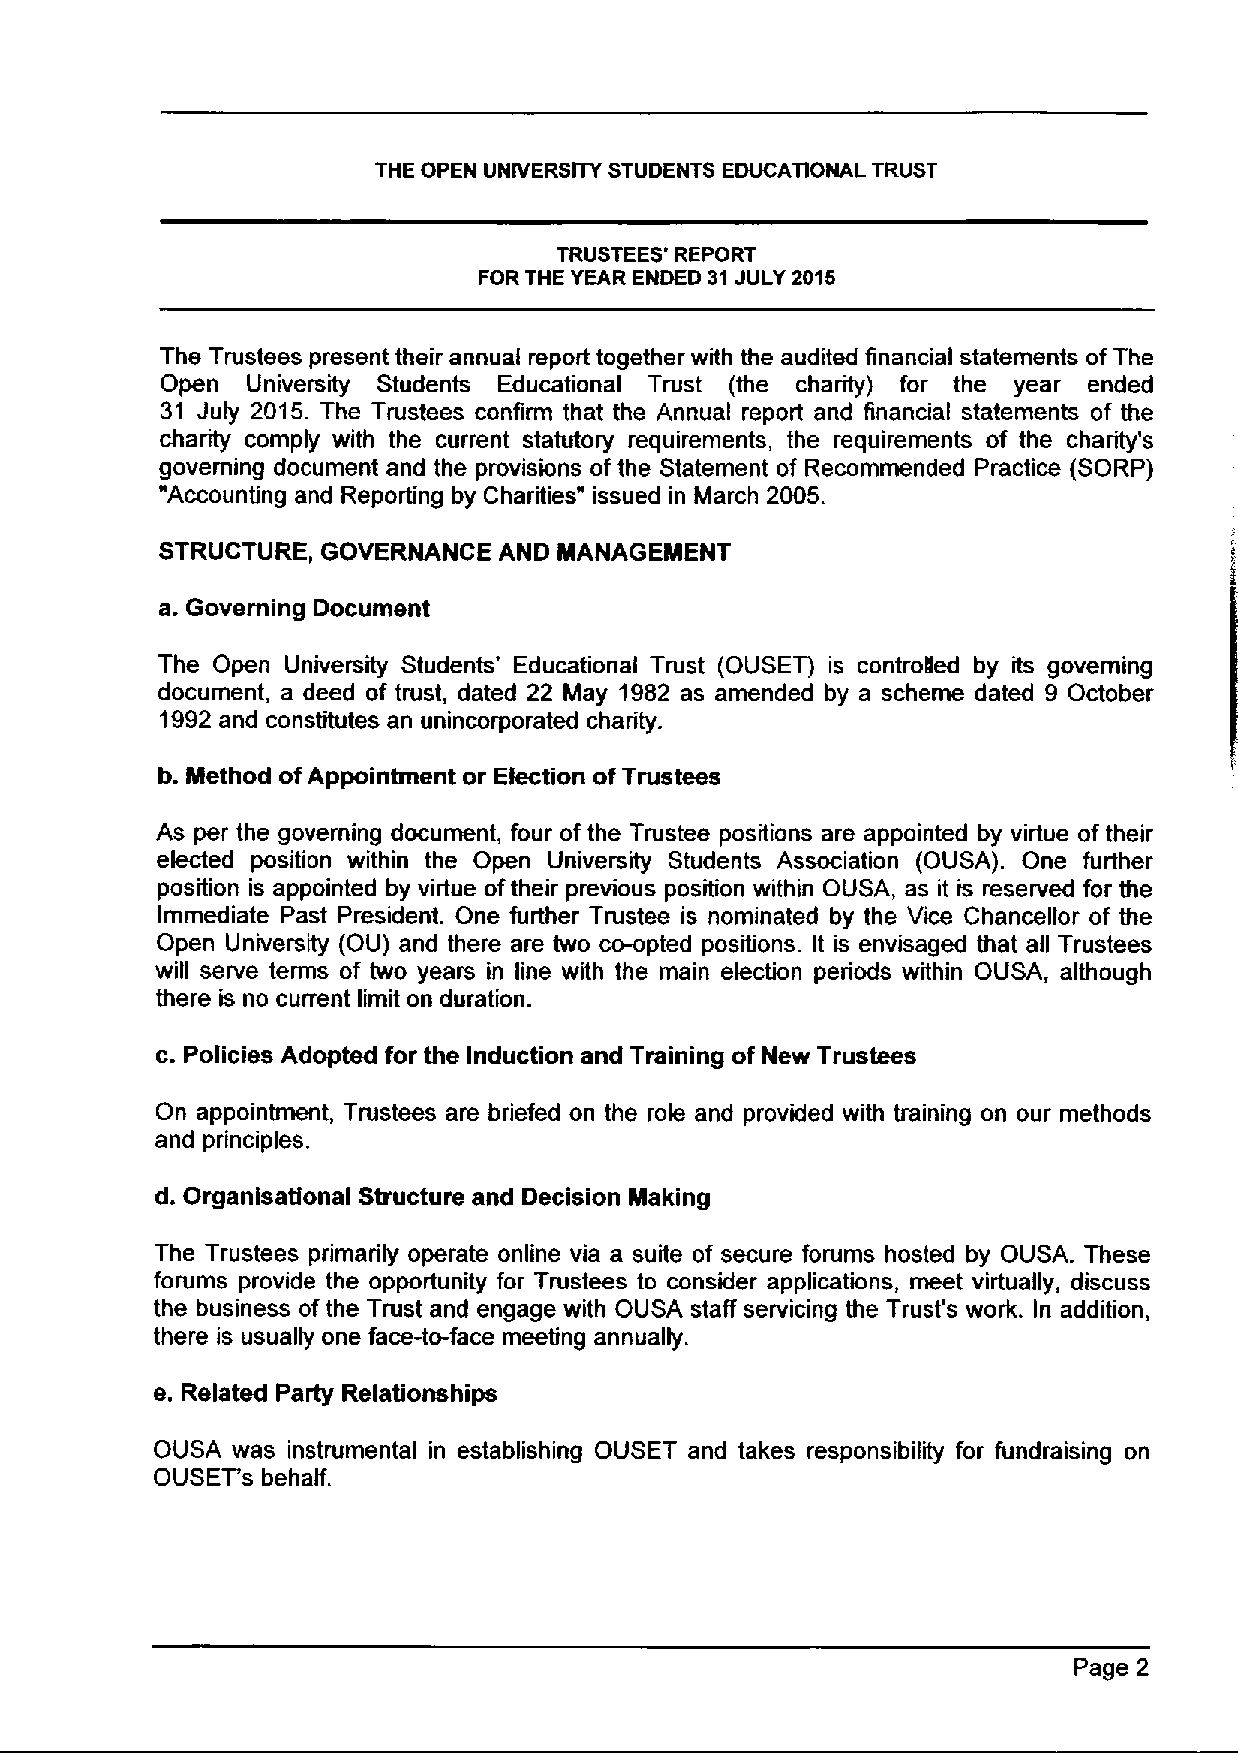
THE OPEN UNIVERSITY STUDENTS EDUCATIONAL TRUST
 TRUSTEES' REPORT
 FOR THE YEAR ENDED 31JULY 2015
 The Trustees present their annual report together with the audited financial statements ofThe
 Open University Students Educational Trust (the charity) for the year ended
 31 July 2015. The Trustees confirm that the Annual report and financial statements of the
 charity comply with the current statutory requirements, the requirements of the charity's
 governing document and the provisions ofthe Statement of Recommended Practice (SORP)
 "Accounting and Reporting by Charities" issued in March 2005.
 STRUCTURE, GOVERNANCE AND MANAGEMENT
 a.         Document
 Governing
 The Open University Students' Educational Trust (OUSET) is controlled by its governing
 document, a deed of trust, dated 22 May 1982 as amended by a scheme dated 9 October
 1992and constitutes an unincorporated charity.
 b. Method ofAppointment or Election ofTrustees
 As per the governing document, four ofthe Trustee positions are appointed by virtue of their
 elected position within the Open University Students Association (OUSA). One further
 position is appointed by virtue oftheir previous position within OUSA, as it is reserved for the
 Immediate Past President. One further Trustee is nominated by the Vice Chancellor of the
 Open University (OU) and there are two co-opted positions. It is envisaged that all Trustees
 will serve terms of two years in line with the main election periods within OUSA, although
 there is no current limit on duration.
 c.Policies
 Adopted for the Induction and Training of New Trustees
 On appointment, Trustees are briefed on the role and provided with training on our methods
 and principles.
 d. Organisational Structure and Decision Making
 The Trustees primarily operate online via a suite of secure forums hosted by OUSA. These
 forums provide the opportunity for Trustees to consider applications, meet virtually, discuss
 the business of the Trust and engage with OUSA staff servicing the Trust's work. In addition,
 there is usually one face-to-face meeting annually.
 e. Related Party Relationships
 OUSA was instrumental in establishing OUSET and takes responsibility for fundraising on
 OUSET's behalf.
 Page 2